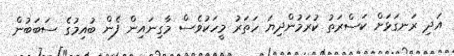
އަދި ރަނގަޅަށް ކަސްރަތު ކުރަމުންދިޔަ ހަތަރު މީހަކުވެސް މާގިނައިން ފެން ބުއިމުގެ ސަބަބުން